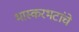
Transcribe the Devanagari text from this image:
भास्करभटांचे